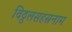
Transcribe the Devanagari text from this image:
विठ्ठलसहस्रनाम